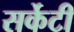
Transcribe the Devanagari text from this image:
सर्केटी